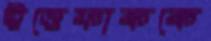
ইত্তেফাককে